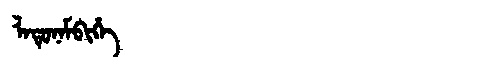
Manchu: ᠯᠠᡨᡠᠨᠠᠮᠪᡳᡥᡝ
Romanization: LATUNAMBIHE